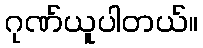
ဂုဏ်ယူပါတယ်။